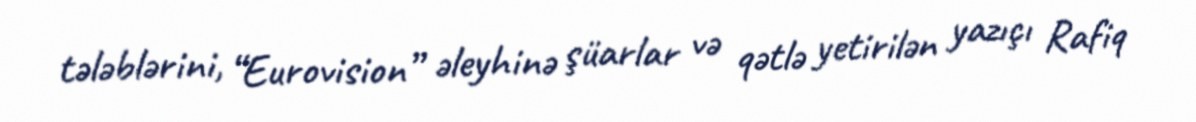
tələblərini, “Eurovision” əleyhinə şüarlar və qətlə yetirilən yazıçı Rafiq